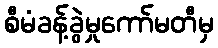
စီမံခန့်ခွဲမှုကော်မတီမှ